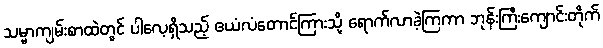
သမ္မာကျမ်းစာထဲတွင် ပါလေ့ရှိသည့် ဧယံလံတောင်ကြားသို့ ရောက်လာခဲ့ကြကာ ဘုန်းကြီးကျောင်းတိုက်